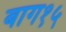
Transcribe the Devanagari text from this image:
बाग१५